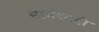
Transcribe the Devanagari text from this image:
सामंशाही